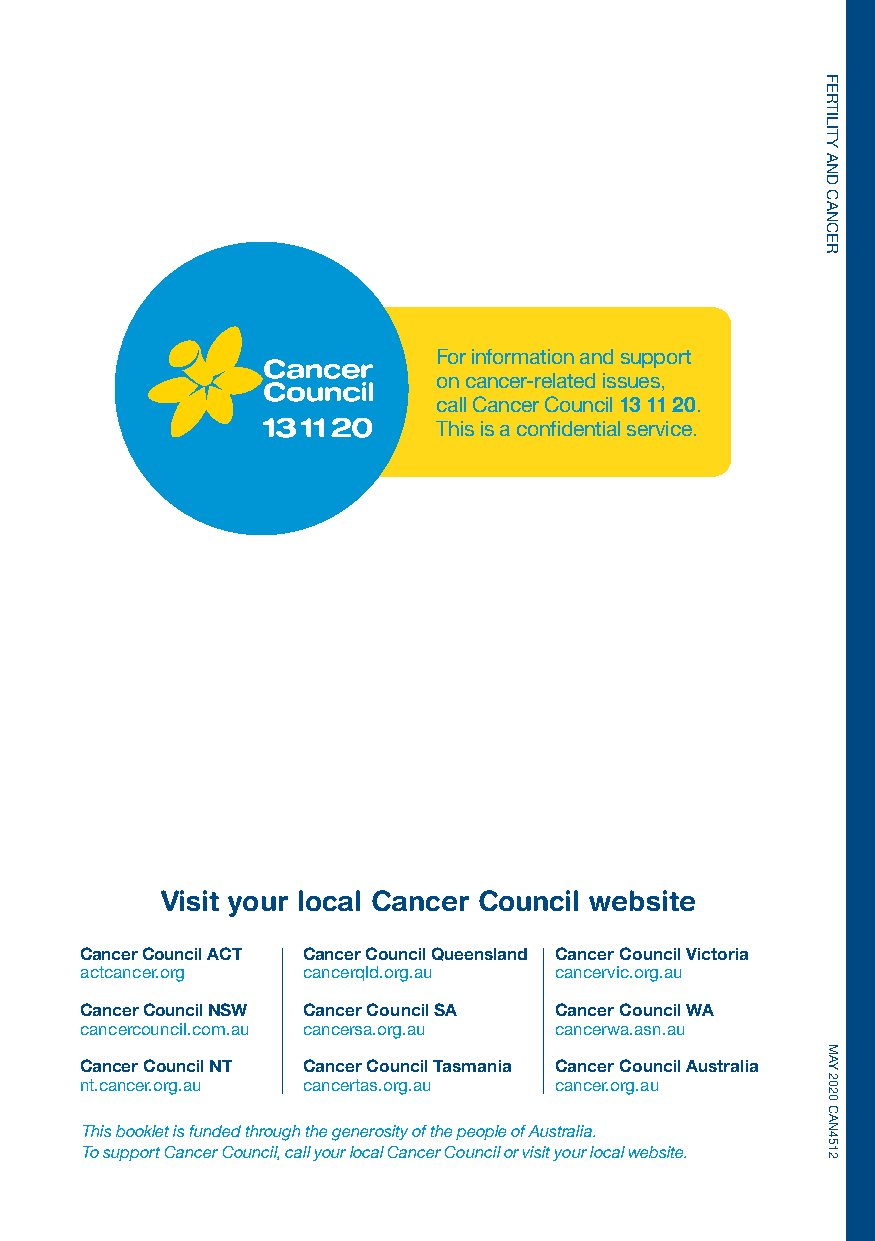
For information and support
 on cancer-related issues,
 call Cancer Council 13 11 20.
 This is a confidential service.
 Visit your local Cancer Council website
 Cancer Council ACT Cancer Council Queensland Cancer Council Victoria
 actcancer.org  cancerqld.org.au cancervic.org.au
 Cancer Council NSW Cancer Council SA Cancer Council WA
 cancercouncil.com.au cancersa.org.au cancerwa.asn.au
 Cancer Council NT Cancer Council Tasmania Cancer Council Australia
 nt.cancer.org.au cancertas.org.au cancer.org.au
 This booklet is funded through the generosity of the people of Australia.
 To support Cancer Council, call your local Cancer Council or visit your local website.
 FERTILITY
 AND
 CANCER
 MAY
 2020
 CAN4512